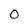
Character: 0